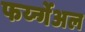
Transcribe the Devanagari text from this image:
फर्य्न्गेअल